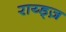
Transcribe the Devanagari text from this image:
राय्ड्ज़